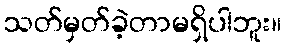
သတ်မှတ်ခဲ့တာမရှိပါဘူး။